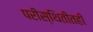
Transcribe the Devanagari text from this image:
परीस्थितीतही